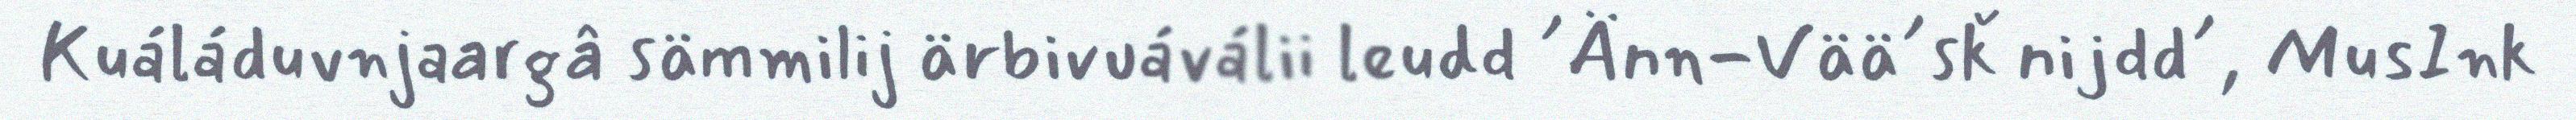
Kuáláduvnjaargâ sämmilij ärbivuáválii leudd ´Änn-Vää´sǩ nijdd´, MusInk